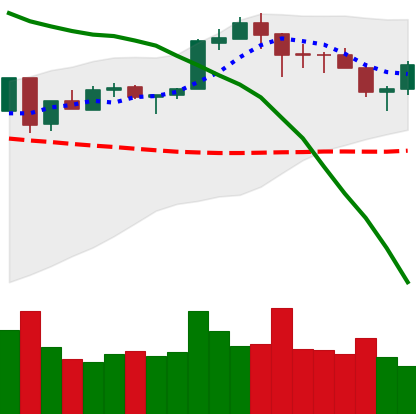
Ticker: ETH-USD
Chart end date: 2018-05-13
Forward return: -5.335%
Label: down_5_7